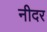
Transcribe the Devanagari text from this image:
नीदर